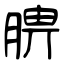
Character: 腗